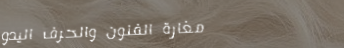
مغارة الفنون والحرف اليدو